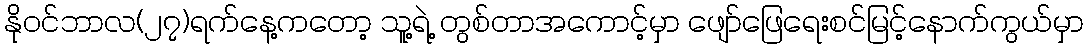
နိုဝင်ဘာလ(၂၇)ရက်နေ့ကတော့ သူ့ရဲ့ တွစ်တာအကောင့်မှာ ဖျော်ဖြေရေးစင်မြင့်နောက်ကွယ်မှာ